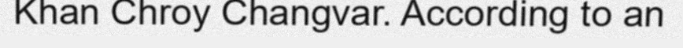
Khan Chroy Changvar. According to an